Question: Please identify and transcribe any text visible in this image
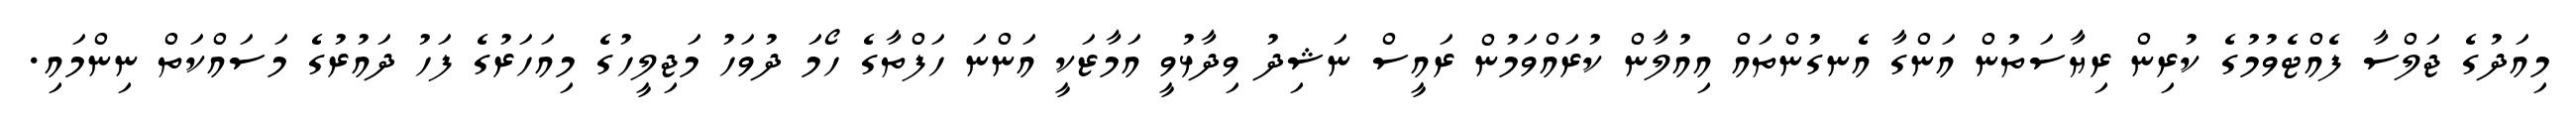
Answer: މިއަދުގެ ޖަލްސާ ފެއްޓެވުމުގެ ކުރިން ރިޔާސަތުން އަންގާ އެނގުންތައް އިއުލާން ކުރައްވަމުން ރައީސް ނަޝިދު ވިދާޅުވީ އަމާޒަކީ އަންނަ ހަފްތާގެ ހޯމަ ދުވަހު މަޖިލީހުގެ މިއަހަރުގެ ފަހު ދައުރުގެ މަސައްކަތް ނިންމައި.